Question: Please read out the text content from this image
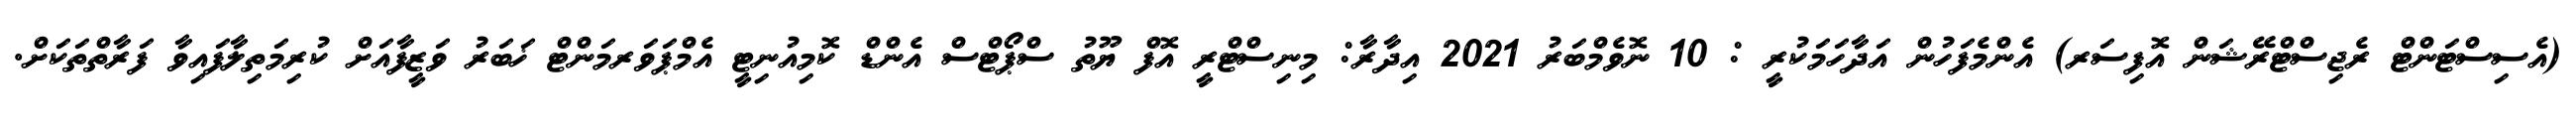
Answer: (އެސިސްޓަންޓް ރެޖިސްޓްރޭޝަން އޮފިސަރ) އެންމެފަހުން އަދާހަމަކުރީ : 10 ނޮވެމްބަރު 2021 އިދާރާ: މިނިސްޓްރީ އޮފް ޔޫތު ސްޕޯޓްސް އެންޑް ކޮމިއުނިޓީ އެމްޕަވަރމަންޓް ޚަބަރު ވަޒީފާއަށް ކުރިމަތިލާފައިވާ ފަރާތްތަކަށް.